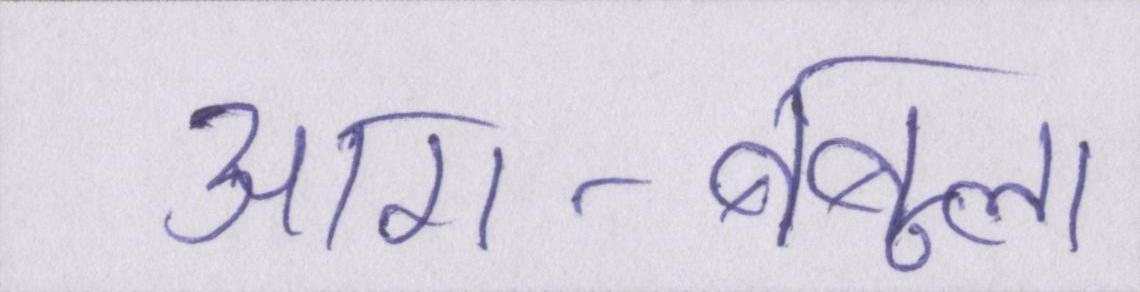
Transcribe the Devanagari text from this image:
आग-बबूला